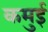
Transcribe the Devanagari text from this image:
कमुई